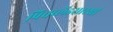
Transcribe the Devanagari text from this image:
पिचब्लेंडसारखी